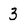
Character: 3